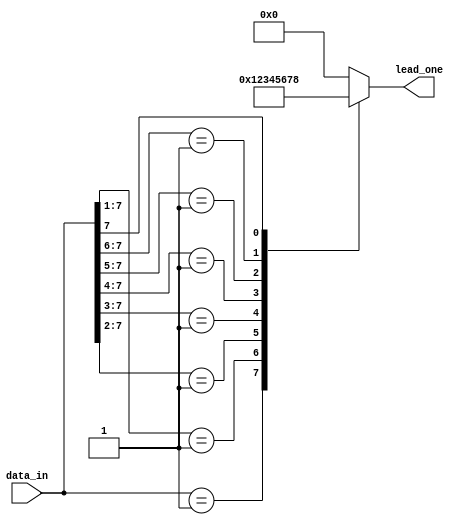
`timescale 1ns / 1ps
 
// Module Name: leading_one_detect
 
module leading_one_detect(data_in, lead_one );
input [7:0] data_in;
output reg [3:0] lead_one;
    always@(*) begin
    lead_one=0;
    casex(data_in)
    8'b00000001:lead_one=4'h1;
    8'b0000001x:lead_one=4'h2;
    8'b000001xx:lead_one=4'h3;
    8'b00001xxx:lead_one=4'h4;
    8'b0001xxxx:lead_one=4'h5;
    8'b001xxxxx:lead_one=4'h6;
    8'b01xxxxxx:lead_one=4'h7;
    8'b1xxxxxxx:lead_one=4'h8;
    default: lead_one=4'h0;
    endcase
    end
    
endmodule



module tb_lead_one();
reg [7:0] data_in;
wire [3:0] lead_one;
leading_one_detect dut(data_in, lead_one );
initial begin
 data_in=8'd0;
 #5 data_in=8'd30;
 #5 data_in=8'd5;
 #5 data_in=8'd70;
 #5 data_in=8'd8 ;
 #5 data_in=8'd160 ;
 #5 data_in=8'd50 ;
 #5 data_in=8'd99 ;
 #5 data_in=8'd125 ;
 #5 data_in=8'd255 ;
 #15 $finish;
 end
 endmodule